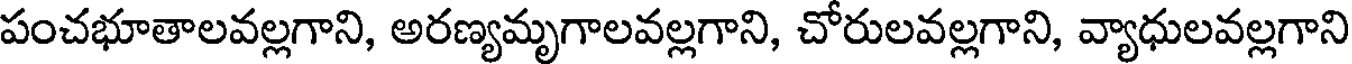
పంచభూతాలవల్లగాని, అరణ్యమృగాలవల్లగాని, చోరులవల్లగాని, వ్యాధులవల్లగాని